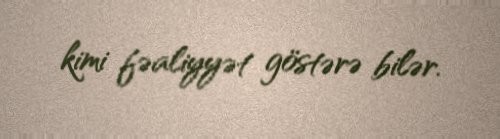
kimi fəaliyyət göstərə bilər.